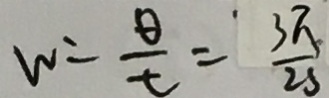
w = \frac { \theta } { t } = \frac { 3 \pi } { 2 s }